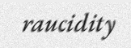
raucidity